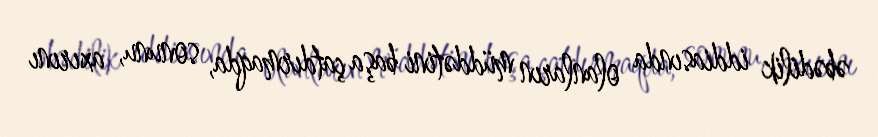
əbədilik iddiasında olanların müddətini başa çatdırmaqda, sonunu, axırını